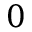
0